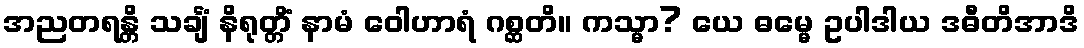
အညတရန္တိ သင်္ချံ နိရုတ္တိံ နာမံ ဝေါဟာရံ ဂစ္ဆတိ။ ကသ္မာ? ယေ ဓမ္မေ ဥပါဒါယ ဒဓီတိအာဒိ